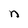
Character: n